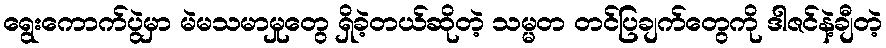
ရွေးကောက်ပွဲမှာ မဲမသမာမှုတွေ ရှိခဲ့တယ်ဆိုတဲ့ သမ္မတ တင်ပြချက်တွေကို ဒါဇင်နဲ့ချီတဲ့